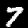
Label: 7